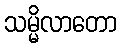
သမ္မိလာတော